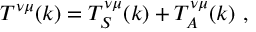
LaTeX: T ^ { \nu \mu } ( k ) = T _ { S } ^ { \nu \mu } ( k ) + T _ { A } ^ { \nu \mu } ( k ) \, \, ,